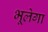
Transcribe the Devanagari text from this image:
भूलेगा